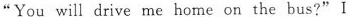
"You will drive me home on the bus?"I